Sanitation, dispensaries and jails vaccination Rajputana 1922-1927 - 1922-1927
Year: 1922
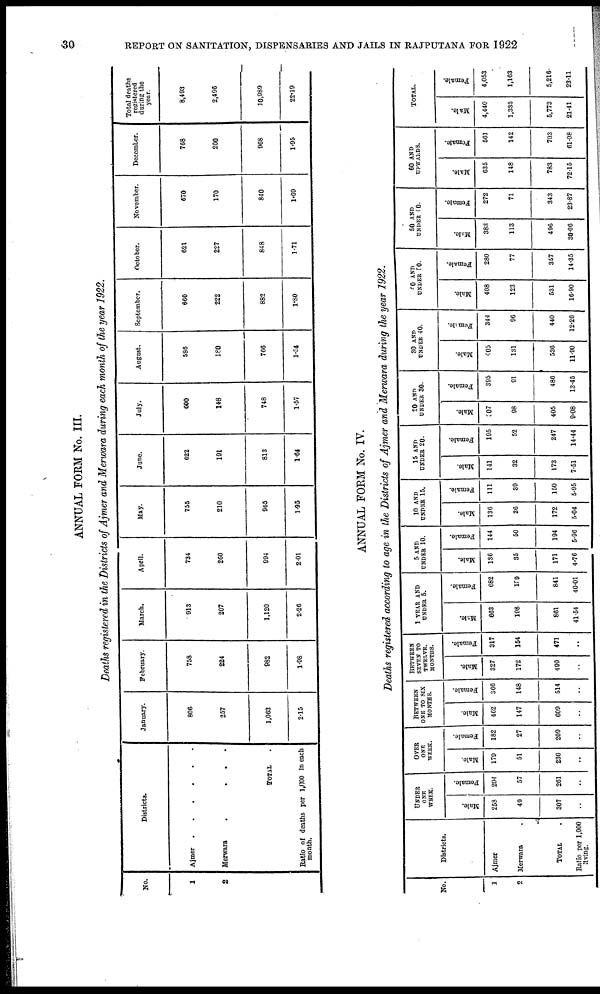
30
REPORT ON SANITATION, DISPENSARIES AND JAILS IN RAJPUTANA FOR 1922
ANNUAL FORM No. III.
Deaths registered in the Districts of Ajmer and Merwara during each month of the year 1922.
No.
1
2
Districts.
Ajmer . . . . . .
Merwara
.
.
.
.
TOTAL.
Ratio of deaths per 1,000 in each
month.
January.
806
257
1,063
2.15
February.
758
224
982
1.98
March.
913
207
1,120
2.26
April.
734
260
994
2.01
May.
755
210
965
1.95
June.
622
101
813
1.64
July.
600
148
748
1.57
August.
586
180
766
1.54
September.
660
222
882
1.80
October.
621
227
848
1.71
November.
670
170
840
1.69
December.
768
200
968
1.95
Total deaths
registered
during the
year.
8,493
2,496
10,989
22.19
ANNUAL FORM No. IV.
Deaths registered according to age in the Districts of Ajmer and Merwara during the year 1922.
No.
1
2
Districts.
Ajmer
Merwara
TOTAL
Ratio per 1,000
living.
UNDER
ONE
WEEK.
Male.
258
49
307
..
Female.
204
57
261
..
OVER
ONE
WEEK.
Male.
179
51
230
..
Female.
182
27
209
..
BETWEEN
ONE TO SIX
MONTHS.
Male.
462
147
609
..
Female.
366
148
514
..
BETWEEN
SEVEN TO
TWELVE.
MONTHS.
Male.
327
172
499
..
Female.
317
154
471
..
1 YEAR AND
UNDER 5.
Male.
663
108
861
41.54
Female.
682
159
841
40.01
5 AND
UNDER 10.
Male.
186
35
171
4.76
Female.
144
50
194
5.96
10 AND
UNDER 15.
Male.
136
36
172
5.04
Female.
111
39
150
5.95
15 AND
UNDER 20.
Male.
141
32
173
7.51
Female.
195
52
247
14.44
20 AND
UNDER 30.
Male.
307
98
405
9.08
Female.
395
91
486
13.45
30 AND
UNDER 40.
Male.
405
131
536
11.90
Female.
344
96
440
12.26
40 AND
UNDER 50.
Male.
408
123
531
16.90
Female.
280
77
357
14.35
50 AND
UNDER 60.
Male.
383
113
496
30.06
Female.
272
71
343
23.87
60 AND
UPWARDS.
Male.
635
148
783
72.15
Female.
561
142
703
61.08
TOTAL.
Male.
4,440
1,333
5,773
21.41
Female.
4,053
1,163
5,216
23.11